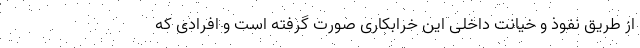
از طریق نفوذ و خیانت داخلی این خرابکاری صورت گرفته است و افرادی که